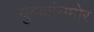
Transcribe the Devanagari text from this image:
युवकांसमोर